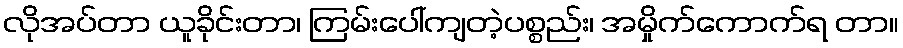
လိုအပ်တာ ယူခိုင်းတာ၊ ကြမ်းပေါ်ကျတဲ့ပစ္စည်း၊ အမှိုက်ကောက်ရ တာ။